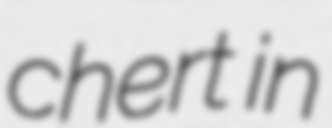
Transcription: chert in